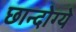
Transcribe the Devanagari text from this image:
छान्दोग्ये